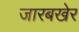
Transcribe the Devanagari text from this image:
जारबखेर